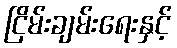
ငြိမ်းချမ်းရေးနှင့်